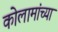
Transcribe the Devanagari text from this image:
कोलामांच्या